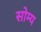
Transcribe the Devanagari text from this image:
सोम्य